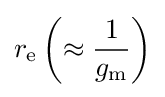
r_{\text{e}}\left(\approx {\frac {1}{g_{\text{m}}}}\right)